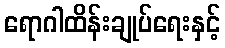
ရောဂါထိန်းချုပ်ရေးနှင့်